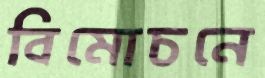
বিমোচনে